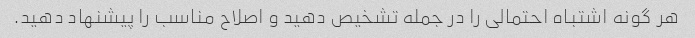
هر گونه اشتباه احتمالی را در جمله تشخیص دهید و اصلاح مناسب را پیشنهاد دهید.